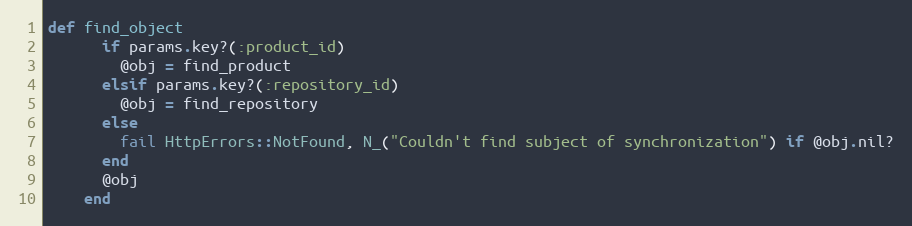
Language: Ruby
def find_object
      if params.key?(:product_id)
        @obj = find_product
      elsif params.key?(:repository_id)
        @obj = find_repository
      else
        fail HttpErrors::NotFound, N_("Couldn't find subject of synchronization") if @obj.nil?
      end
      @obj
    end